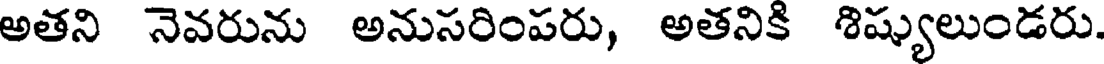
అతని నెవరును అనుసరింపరు, అతనికి శిష్యులుండరు